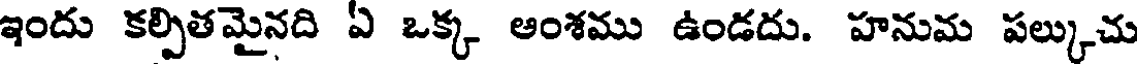
ఇందు కల్పితమైనది ఏ ఒక్క అంశము ఉండదు. హనుమ పల్కుచు